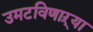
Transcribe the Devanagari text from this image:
उमटविणाऱ्या